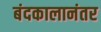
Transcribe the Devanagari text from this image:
बंदकालानंतर